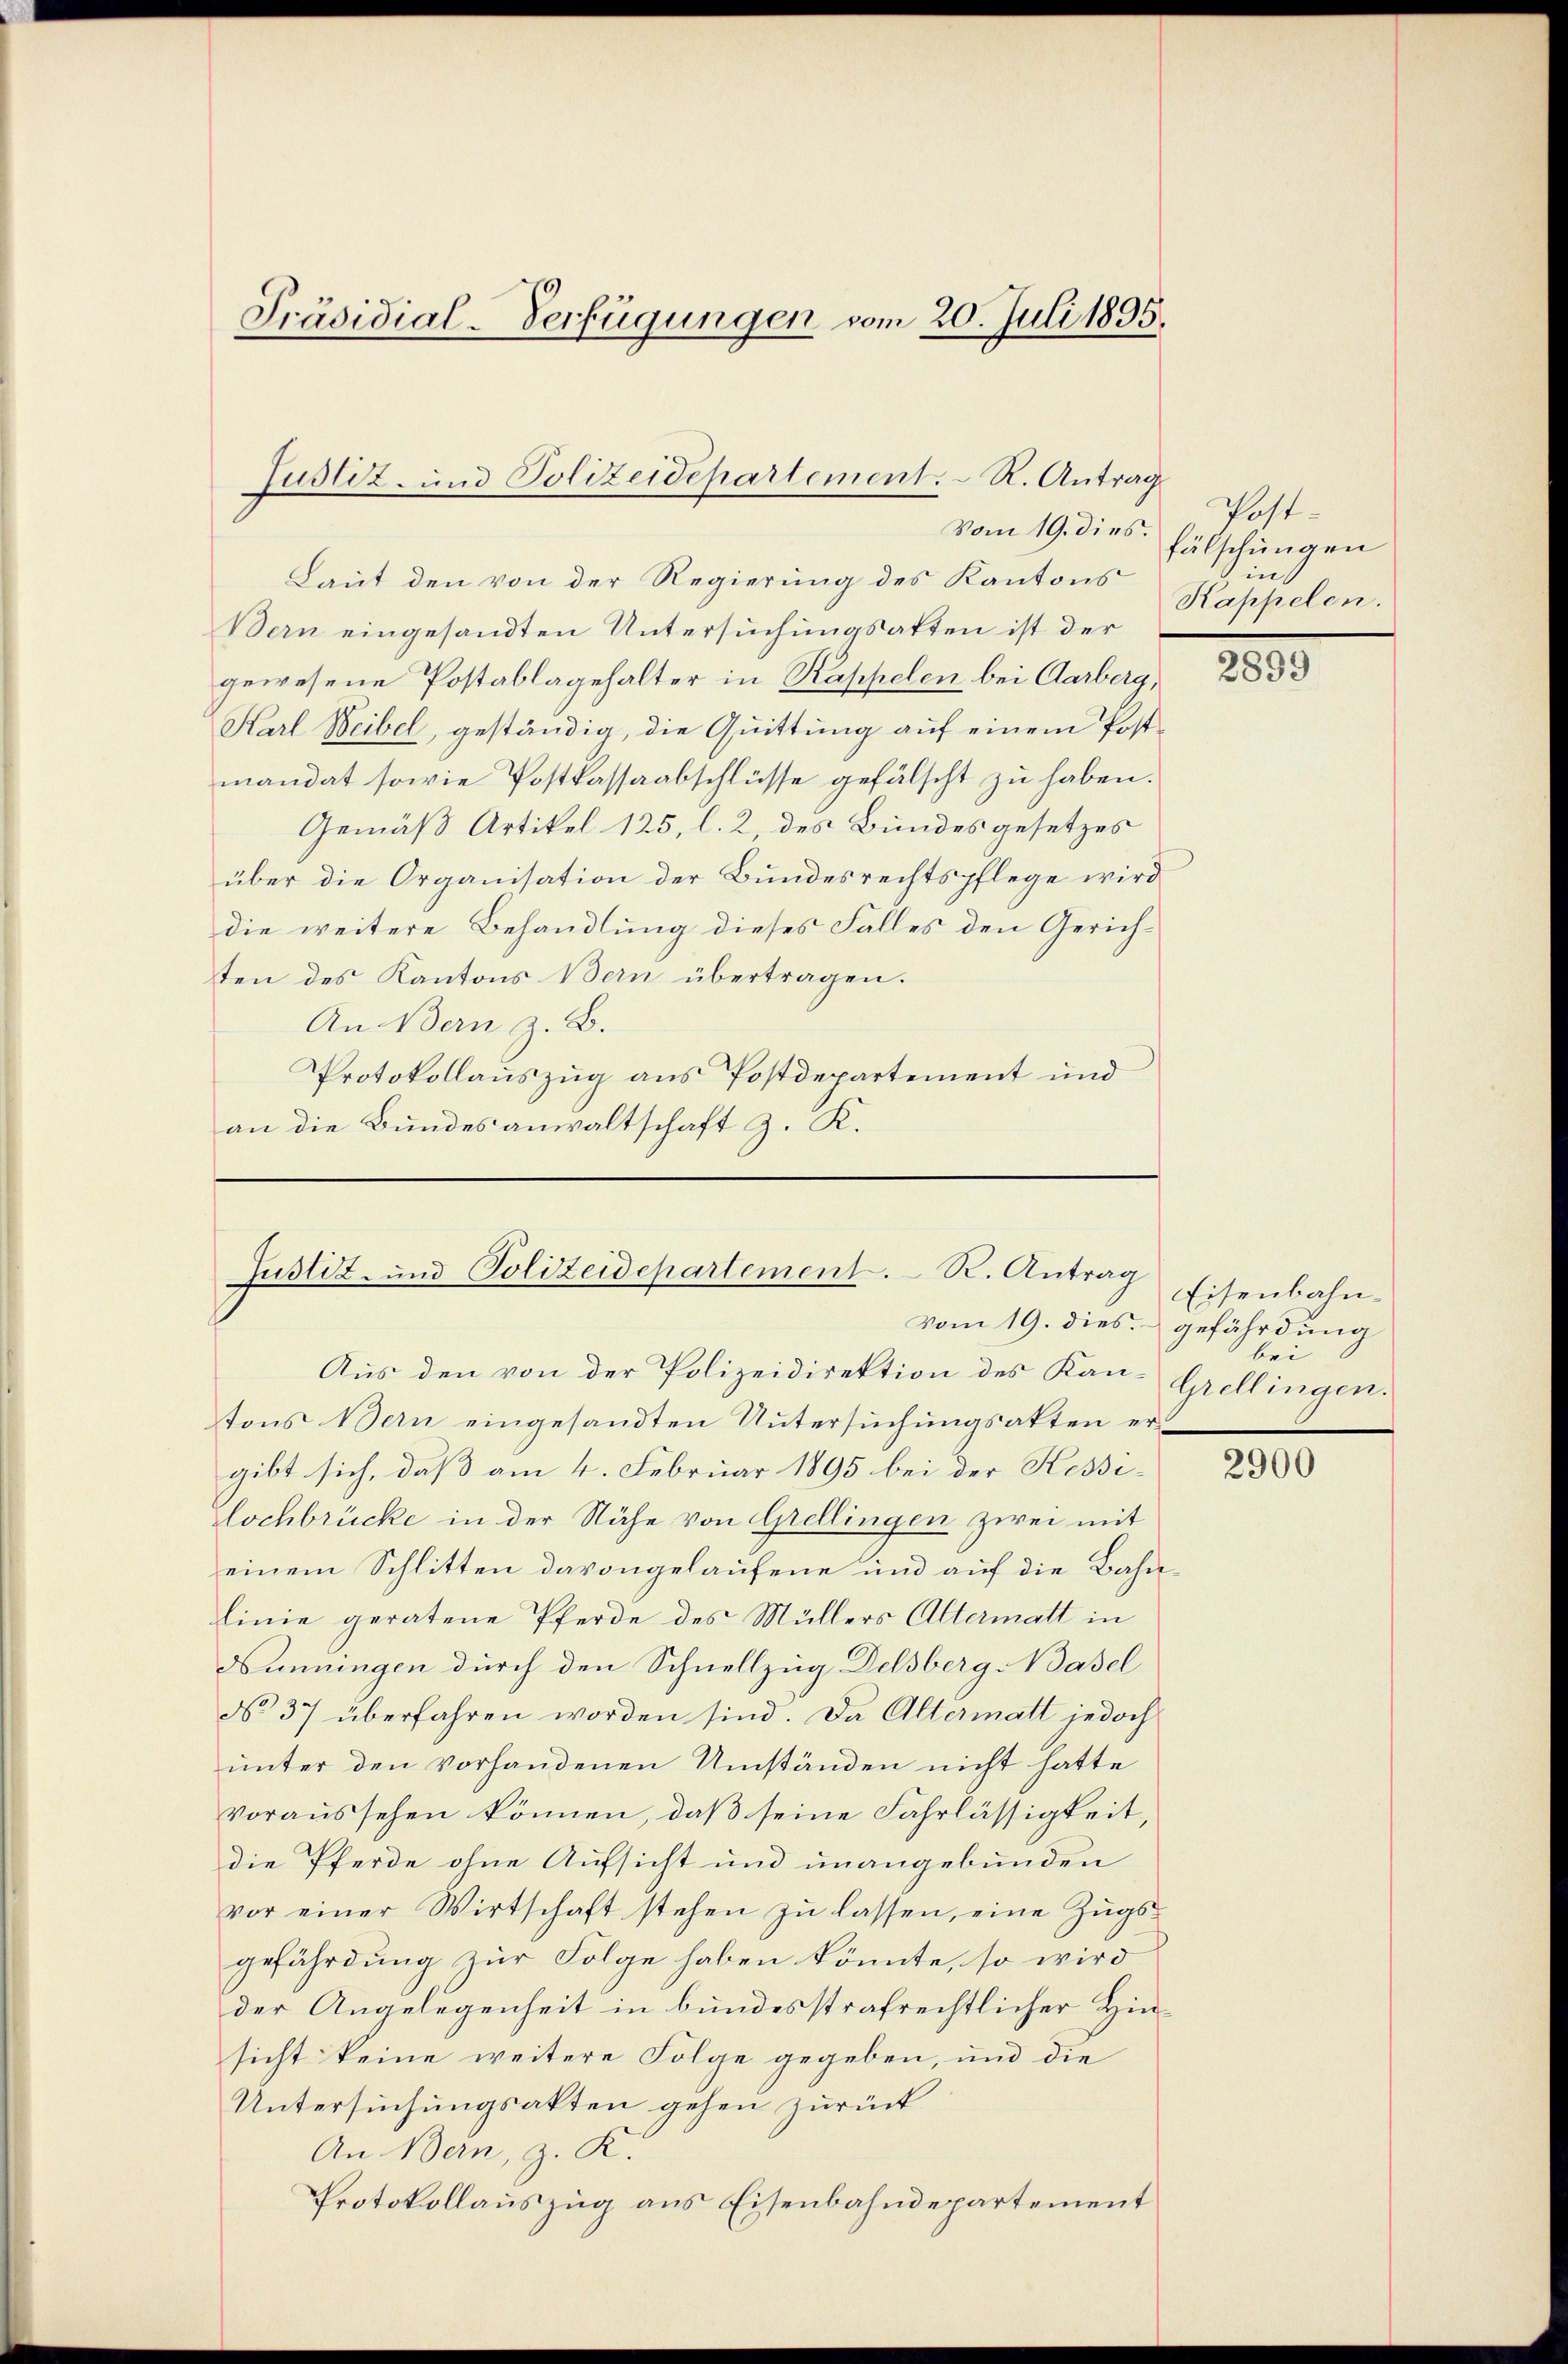
Präsidial-Verfügungen vom 20. Juli 1895.

Justiz- und Polizeidepartement. R. Antrag
Vom 19. dies.

Justiz- und Polizeidepartement. R. Antrag
vom 19. dies gefährdung

Laut den von der Regierung des Kantons
Bern eingesandten Untersuchungsakten ist der
gewesene Postablagehalter in Rappelen bei Aarberg,
Karl Weibel, geständig, die Quittung auf einem Postmandat sowie Postkassaabschlüsse gefälscht zu haben.
Gemäß Artikel 125, l. 2, des Bundesgesetzes
über die Organisation der Bundesrechtspflege wird
die weitere Behandlung dieses Falles den Gerichten des Kantons Bern übertragen.
An Bern z. B.
Protokollauszug aus Postdepartement und
an die Bundesanwaltschaft z. K.

Aus den von der Polizeidirektion des Kan- Grellingen.
tons Bern eingesandten Untersuchungsakten ergibt sich, daß am 4. Februar 1895 bei der Kessi-
lochbrücke in der Nähe von Grellingen zwei mit
einem Schlitten davongelaufene und auf die Bahnlinie geratene Pferde des Müllers Altermatt in
Nunningen durch den Schnellzug Delsberg Basel
do 37 überfahren worden sind. Da Altermatt jedoch
unter den vorhandenen Umständen nicht hatte
voraussehen können, daß seine Fahrlässigkeit,
die Pferde ohne Aufsicht und unangebunden
vor einer Wirtschaft stehen zŭ lassen, eine Zŭgs-
gefährdung zur Folge haben könnte, so wird
der Angelegenheit in bundesstrafrechtlicher Hinsicht keine weitere Folge gegeben, und die
Untersuchungsakten gehen zurück
An Bern, z. K.
Protokollauszug aus Eisenbahndepartement

Post-
fälschungen
in
Kappelen.

2899

Eisenbahnbei

2900